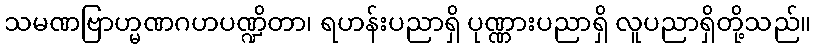
သမဏဗြာဟ္မဏဂဟပဏ္ဍိတာ၊ ရဟန်းပညာရှိ ပုဏ္ဏားပညာရှိ လူပညာရှိတို့သည်။